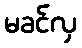
မခင်လှ